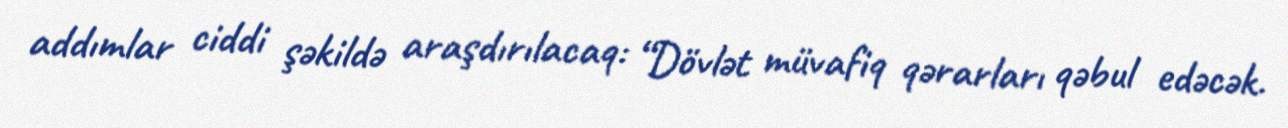
addımlar ciddi şəkildə araşdırılacaq: “Dövlət müvafiq qərarları qəbul edəcək.